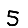
Digit: 5